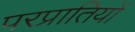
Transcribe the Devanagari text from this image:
परप्रातियों